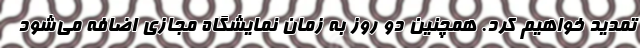
تمدید خواهیم کرد. همچنین دو روز به زمان نمایشگاه مجازی اضافه می‌شود